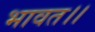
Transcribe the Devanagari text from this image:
भावत।।